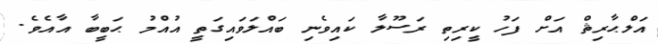
އަލްޙާރިޘް އަށް ފަހު ކީރިތި ރަސޫލާ ކައިވެނި ބައްލަވައިގަތީ އުއްމު ޙަބީބާ އާއެވެ.